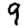
Digit: 9